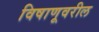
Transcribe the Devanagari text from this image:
विषाणूवरील